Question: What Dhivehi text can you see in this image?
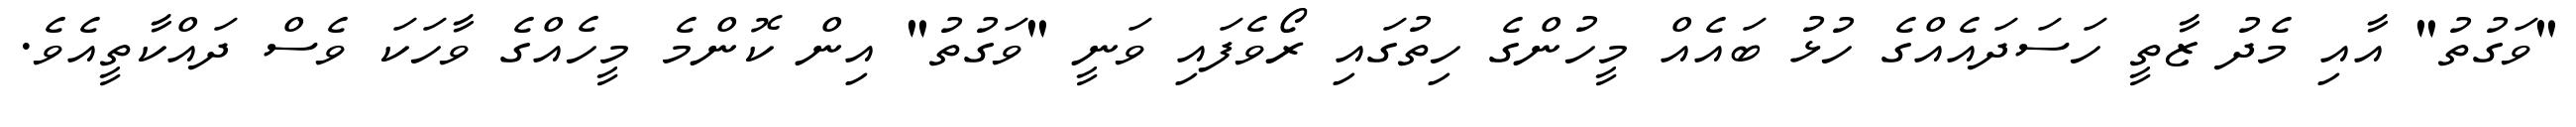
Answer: "ވަގުތު" އާއި މެދު ޒާތީ ހަސަދައެއްގެ ހުޅު ބައެއް މީހުންގެ ހިތުގައި ރޯވެފައި ވަނީ "ވަގުތު" އިން ކޮންމެ މީހެއްގެ ވާހަކަ ވެސް ދައްކާތީއެވެ.